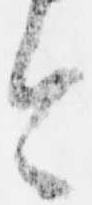
今